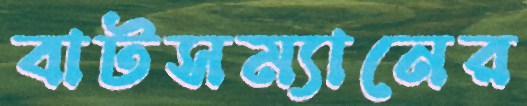
বাটসম্যানের